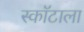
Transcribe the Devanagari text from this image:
स्कॉटाला